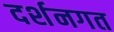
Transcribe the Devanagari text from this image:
दर्शनगत